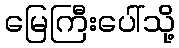
မြေကြီးပေါ်သို့